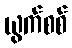
ယွက်စစ်